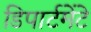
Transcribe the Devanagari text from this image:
डिपार्टमेंटे